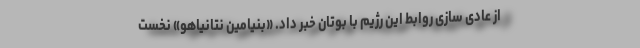
از عادی سازی روابط این رژیم با بوتان خبر داد. «بنیامین نتانیاهو» نخست